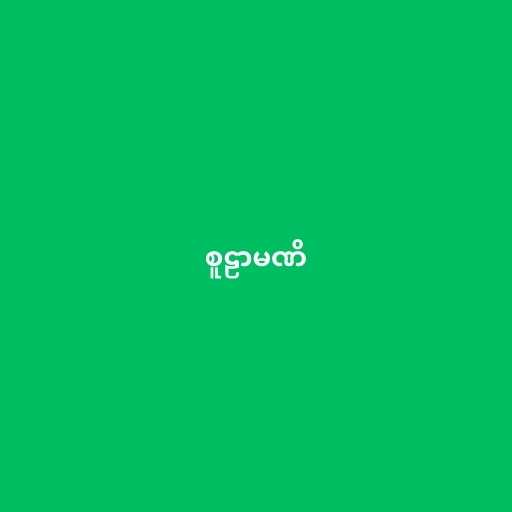
စူဠာမဏိ